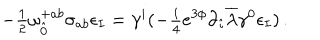
LaTeX: - { \textstyle \frac { 1 } { 2 } } \omega _ { \hat { 0 } } ^ { + a b } \sigma _ { a b } \epsilon _ { I } = \gamma ^ { i } ( - { \textstyle \frac { i } { 4 } } e ^ { 3 \phi } \partial _ { \hat { \imath } } \overline { { { \lambda } } } \gamma ^ { 0 } \epsilon _ { I } ) \, .